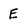
Character: E